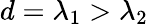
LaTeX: d=\lambda_{1}>\lambda_{2}